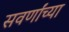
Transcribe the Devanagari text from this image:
सवर्णांच्या